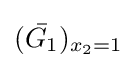
({\bar {G_{1}}})_{x_{2}=1}